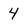
Character: 4